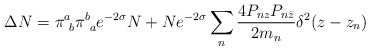
\begin{align*}\Delta N= \pi^a_{\ b}\pi^b_{\ a}e^{-2\sigma}N + Ne^{-2\sigma}\sum_n\frac{4P_{nz} P_{n \bar z}}{2 m_n}\delta^2(z - z_n)\end{align*}